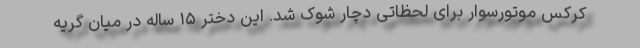
کرکس موتورسوار برای لحظاتی دچار شوک شد. این دختر ۱۵ ساله در میان گریه